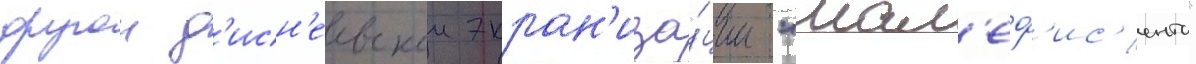
другои д'исн'еевскои экран'иза́ции "мал'еф'ис'ента"